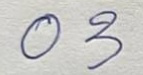
03